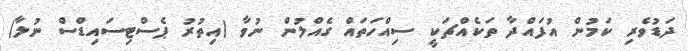
ދަޑުވެރި ކަމުން އުފައްދާ ތަކެއްޗަކީ ސިއްހަތައް ގެއްލުން ނުވާ (އިތުރު ޕެސްޓިސައިޑްސް ނުލާ)